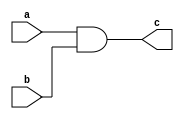
`timescale 1ns / 1ps
//////////////////////////////////////////////////////////////////////////////////
// Company: 
// Engineer: 
// 
// Design Name: 
// Module Name: andgate
// Project Name: 
// Target Devices: 
// Tool Versions: 
// Description: 
// 
// Dependencies: 
// 
// Revision:
// Revision 0.01 - File Created
// Additional Comments:
// 
//////////////////////////////////////////////////////////////////////////////////


module andgate
#(parameter WIDTH = 8)
    (
    input[(WIDTH-1):0] a,
    input[(WIDTH-1):0] b,
    output[(WIDTH-1):0] c
    );
    assign c = a&b;
endmodule